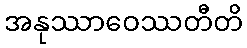
အနုဿာဝေဿတီတိ